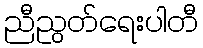
ညီညွတ်ရေးပါတီ